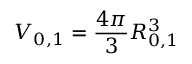
V _ { 0 , 1 } = \frac { 4 \pi } { 3 } R _ { 0 , 1 } ^ { 3 }